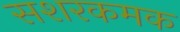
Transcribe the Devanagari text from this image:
सशरकमक